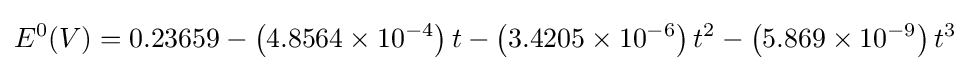
E^{0}(V)=0.23659-\left(4.8564\times 10^{-4}\right)t-\left(3.4205\times 10^{-6}\right)t^{2}-\left(5.869\times 10^{-9}\right)t^{3}